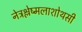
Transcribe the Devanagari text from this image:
नेत्रश्लेष्मलाशोथसी